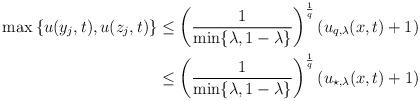
LaTeX: \begin{align*}\begin{aligned} \max\left\{u(y_j, t), u(z_j, t)\right\} &\leq \left({1\over \min\{\lambda, 1-\lambda\}}\right)^{1\over q} (u_{q, \lambda} (x, t)+1)\\ &\leq \left({1\over \min\{\lambda, 1-\lambda\}}\right)^{1\over q} (u_{\star, \lambda} (x, t)+1) \end{aligned}\end{align*}